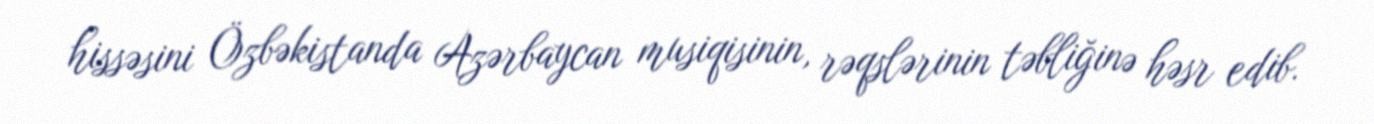
hissəsini Özbəkistanda Azərbaycan musiqisinin, rəqslərinin təbliğinə həsr edib.